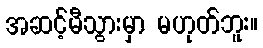
အဆင့်မီသွားမှာ မဟုတ်ဘူး။